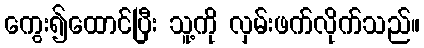
ကွေး၍ထောင်ပြီး သူ့ကို လှမ်းဖက်လိုက်သည်။